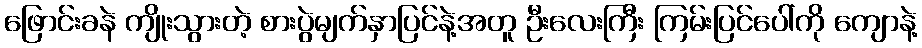
ဖြောင်းခနဲ ကျိုးသွားတဲ့ စားပွဲမျက်နှာပြင်နဲ့အတူ ဦးလေးကြီး ကြမ်းပြင်ပေါ်ကို ကျောနဲ့